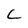
Character: C